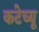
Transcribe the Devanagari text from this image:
कटेच्यू